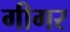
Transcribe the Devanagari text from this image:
गीगर